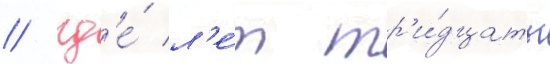
/ гд'е́ л'е́т тр'и́дцать